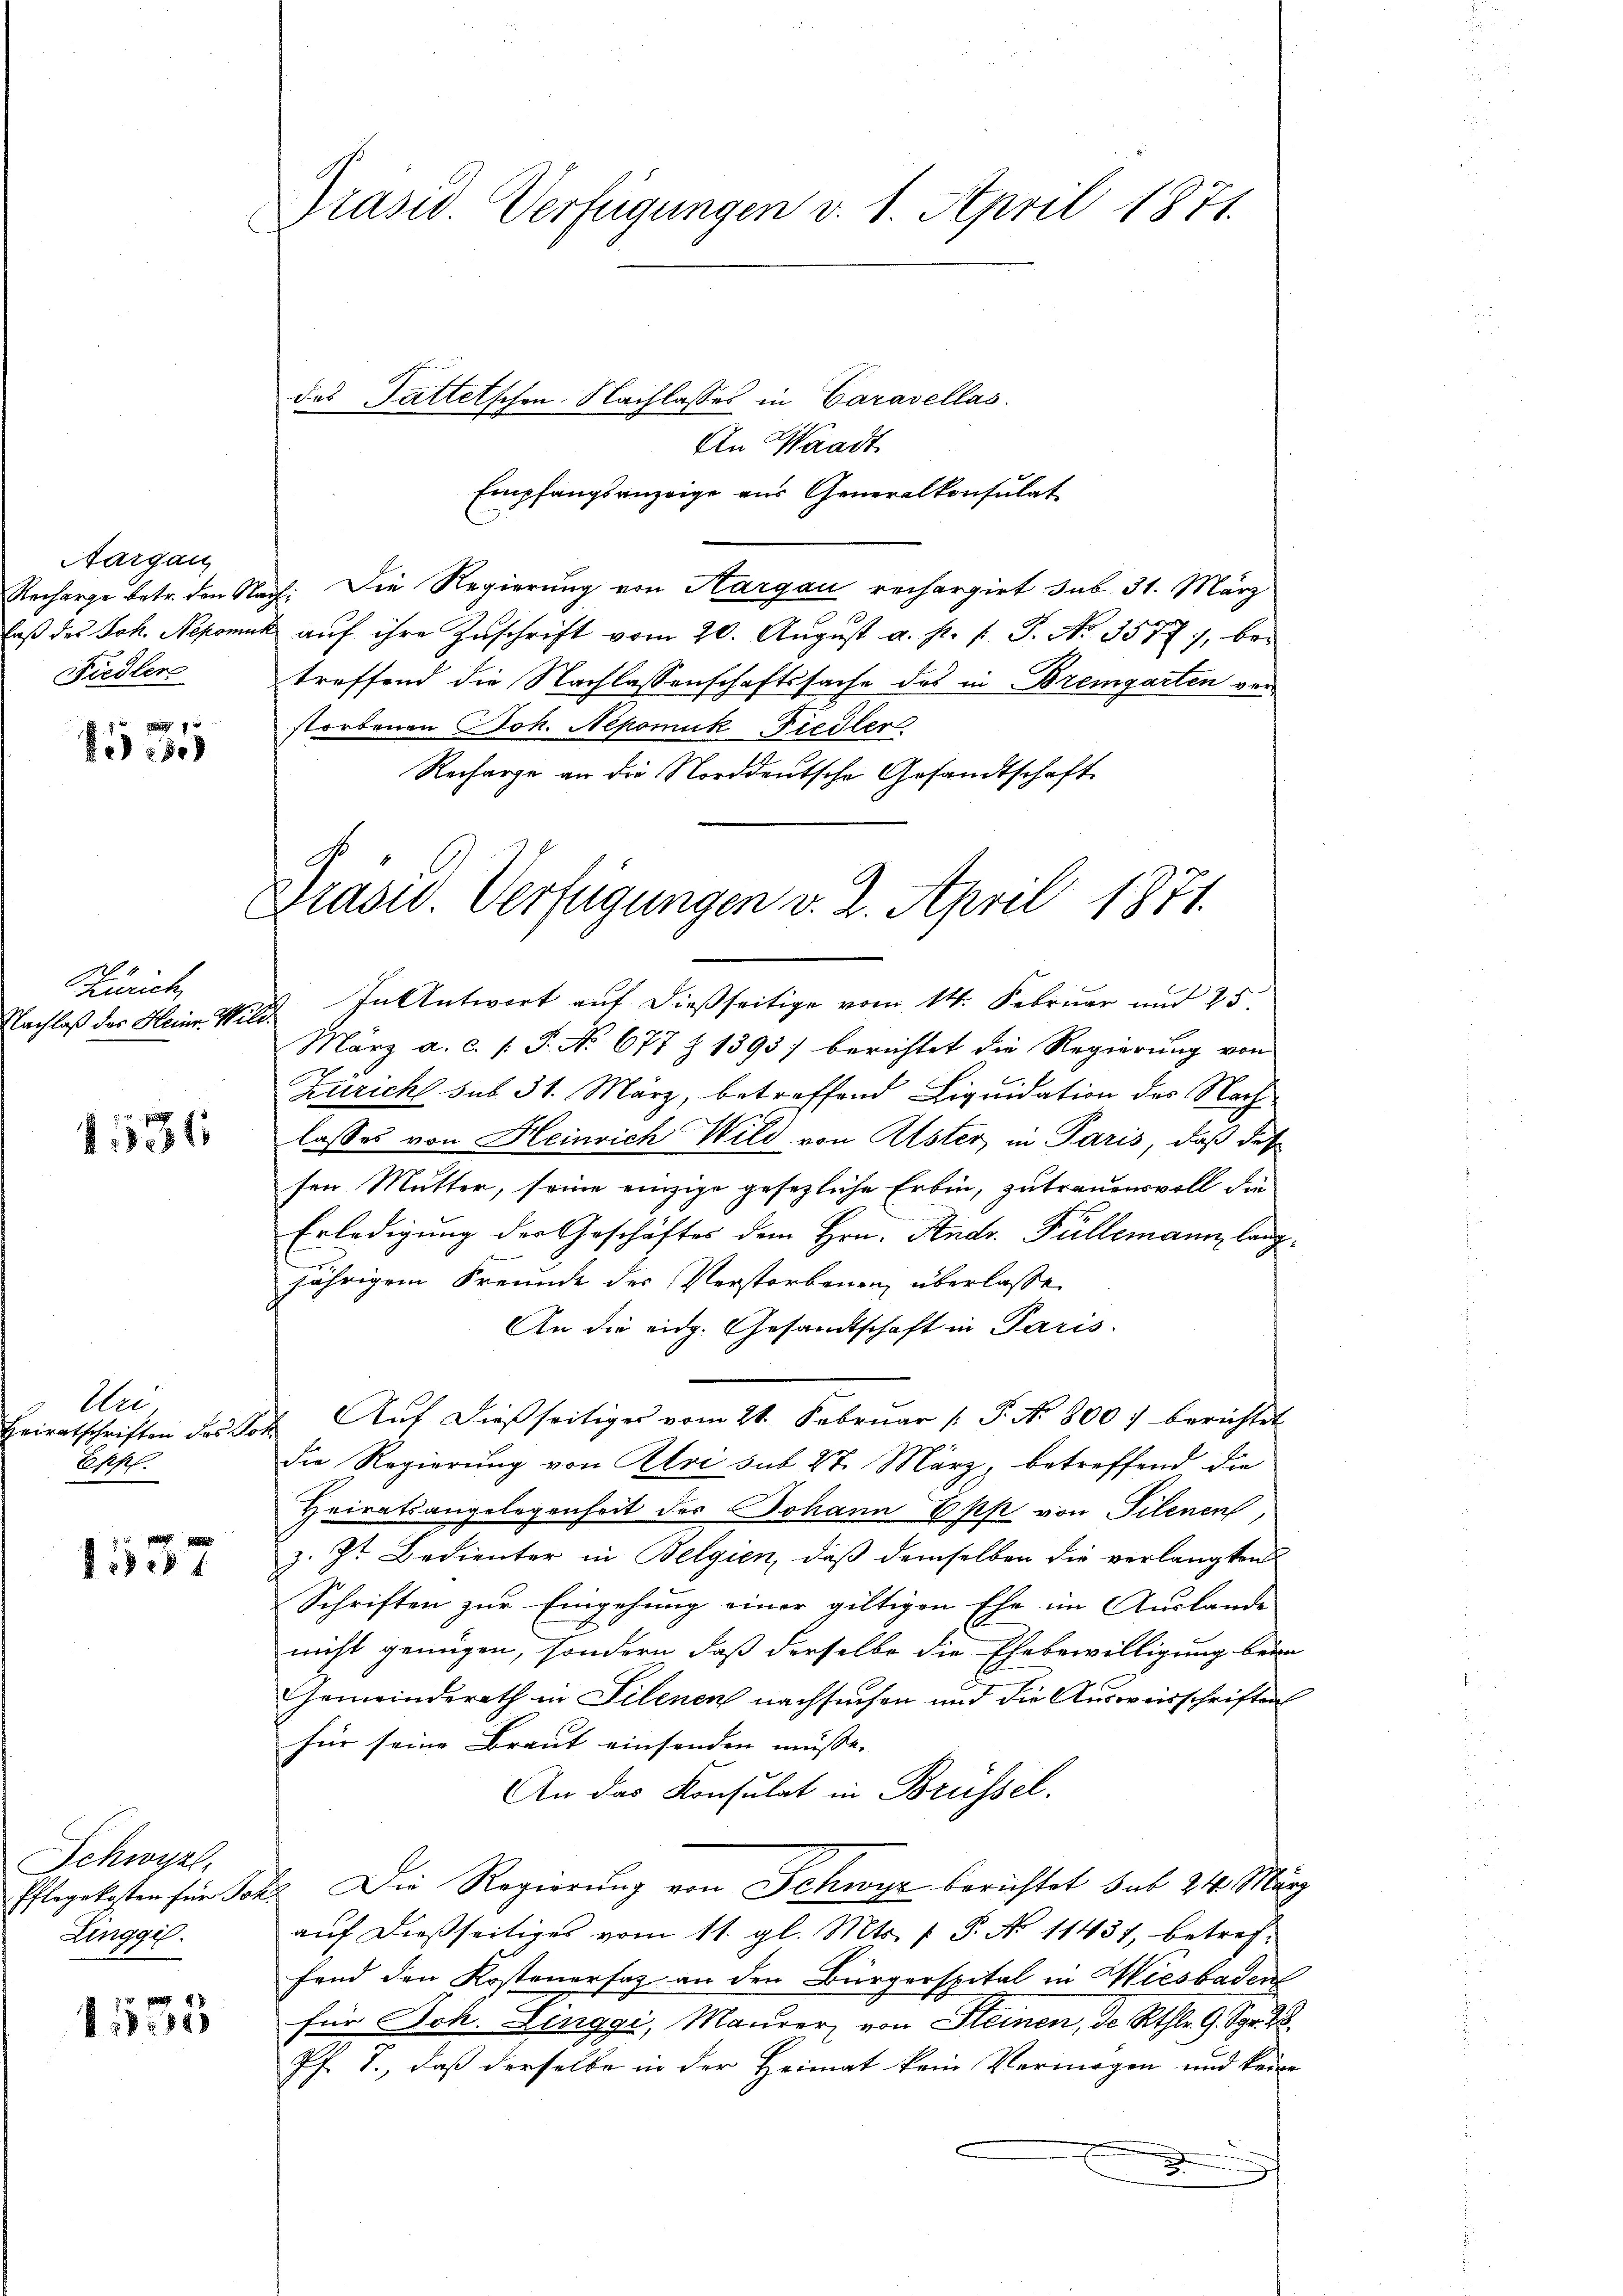
Aargau
Recharge betr. den S.
Fiedler

Reise

2
Zürich
Nachlaß des Heine Wild¬

1536

Au
Eppl.

1537

Schwyz,
Zinggi.

1535

Präsid. Verfügungen v. 1. April 1871.
des Pattelschen Nachlasses in Caravellas
An Waadt

Empfangsanzeige aus Generalkonsulat
ach: Die Regierung von Aargau rechargirt sub 31. März
laβ des Joh. Nepomuk aŭf ihre Zŭschrift vom 20. Aŭgŭst a. p. 1. P. No. 3577, betreffend die Nachlassenschaftssache des in Bremgarten verstorbenen Joh. Nepomuk-Fiedler
Recharge an die Norddeutsche Gesandtschaft

In Antwort auf dießseitige vom 14. Februar und 25.
März a.c. (T. No 677 Z 1395 berichtet die Regierung von
Züricht sub 31. März, betreffend Liquidation des Nachlasses von Heinrich Wild von Uster in Paris, daß des
sen Mutter, seine einzige gesezliche Erbin, zu trauensvoll die
Erledigung der Geschäftes dem Hrn. Andr. Füllemann, langjährigem Freunde der Verstorbenen überlasse
An die eidg. Gesandtschaft in Paris.
Heiratschriften der Pot. Aŭf dießseitiges vom 21. Febrŭar /: P. Nr. 800 f berichtet
die Regierung von Aloi sub 27. März, betreffend die
Heiratsangelegenheit des Johann Epp von Filenen,
z. Zt. Bedienter in Belgien, daß demselben die verlangten
Schriften zur Eingehung einer giltigen Ehe im Auslande
nicht genügen, sondern daß derselbe die Ehebewilligung beim
Gemeinderath in Filenen nachsuchen und die Ausweisschriften
für seine Braut einsenden müsse. |
An das Konsulat in Brüssel.
Pflegekosten für Joh. Die Regierung von Schwyz berichtet sub 24 März
auf dießseitiges vom 11. gl. Mts. f. P. No 11431, betreffand den Kostenersaz an den Bürgerspital in Wiesbaden
für Sch. Linggi, Maurer von Steinen, de Rthlr. G. Spr. 28.
Pf. T., daß derselbe in der Heimat kein Vermögen und keine

Präsid. Verfügungen v. 2. April 1871.